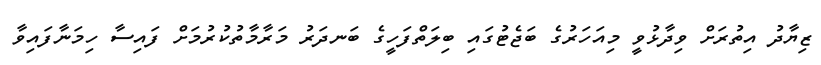
ޒިޔާދު އިތުރަށް ވިދާޅުވީ މިއަހަރުގެ ބަޖެޓުގައި ބިލަތްފަހީގެ ބަނދަރު މަރާމާތުކުރުމަށް ފައިސާ ހިމަނާފައިވާ